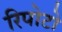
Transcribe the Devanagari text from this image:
रिपोटो